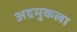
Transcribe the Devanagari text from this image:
अद्रमुकला